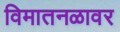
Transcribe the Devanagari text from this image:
विमातनळावर